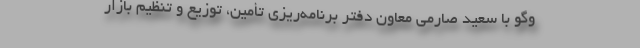
وگو با سعید صارمی معاون دفتر برنامه‌ریزی تأمین، توزیع و تنظیم بازار